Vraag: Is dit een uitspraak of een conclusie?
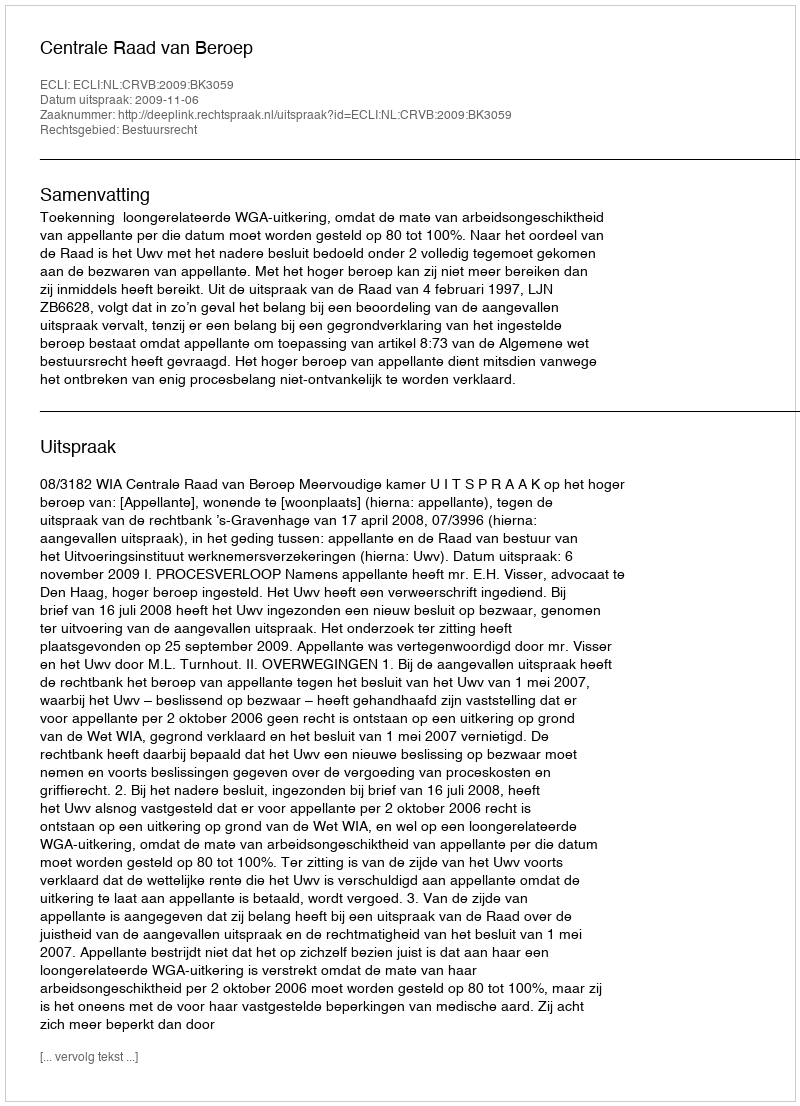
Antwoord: Uitspraak